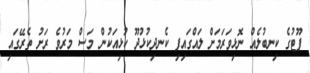
ފޫޓުގެ ކިނބުލެއް ނޮޅިވަރަމަށް ލައްގައިފި ކެނދިކުޅުދޫ ކުޅިއަކުން މަސް މަރުވެ ރަށު ތެރޭގައި